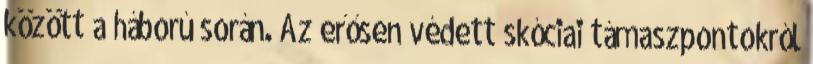
között a háború során. Az erősen védett skóciai támaszpontokról